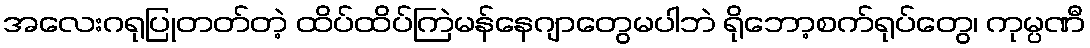
အလေးဂရုပြုတတ်တဲ့ ထိပ်ထိပ်ကြဲမန်နေဂျာတွေမပါဘဲ ရိုဘော့စက်ရုပ်တွေ၊ ကုမ္ပဏီ